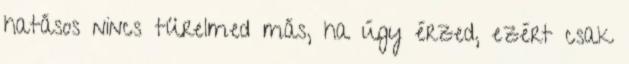
hatásos nincs türelmed más, ha úgy érzed, ezért csak